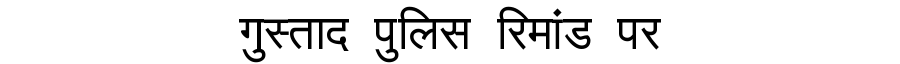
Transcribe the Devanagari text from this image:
गुस्ताद पुलिस रिमांड पर